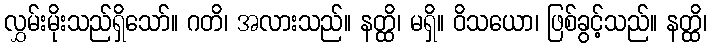
လွှမ်းမိုးသည်ရှိသော်။ ဂတိ၊ အလားသည်။ နတ္ထိ၊ မရှိ။ ဝိသယော၊ ဖြစ်ခွင့်သည်။ နတ္ထိ၊